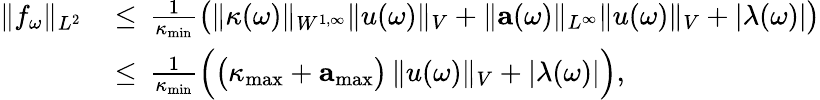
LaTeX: \begin{array}{rl}{\| f_{\omega}\| _{L^{2}}\, }&{\leq\, \frac{1}{\kappa_{\mathrm{min}}}\big(\| \kappa(\omega)\| _{W^{1,\infty}}\| u(\omega)\| _{V}+\| \mathbf{a}(\omega)\| _{L^{\infty}}\| u(\omega)\| _{V}+|\lambda(\omega)|\big)}\\ &{\leq\, \frac{1}{\kappa_{\mathrm{min}}}\Big(\big(\kappa_{\mathrm{max}}+\mathbf{a}_{\mathrm{max}}\big)\, \| u(\omega)\| _{V}+|\lambda(\omega)|\Big),}\end{array}